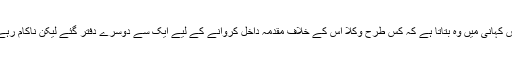
اس کہانی میں وہ بتاتا ہے کہ کس طرح وکلا اس کے خلاف مقدمہ داخل کروانے کے لیے ایک سے دوسرے دفتر گئے لیکن ناکام رہے۔